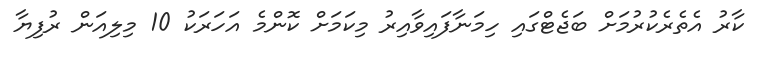
ކާރު އެތެރެކުރުމަށް ބަޖެޓްގައި ހިމަނާފައިވާއިރު މިކަމަށް ކޮންމެ އަހަރަކު 10 މިލިއަން ރުފިޔާ